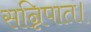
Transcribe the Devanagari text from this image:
सन्निपात।